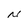
Character: N